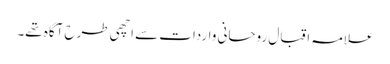
علامہ اقبال روحانی واردات سے اچھی طرح آگاہ تھے۔